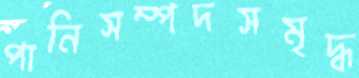
পানিসম্পদসমৃদ্ধ